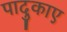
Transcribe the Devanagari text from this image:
पादुकाए